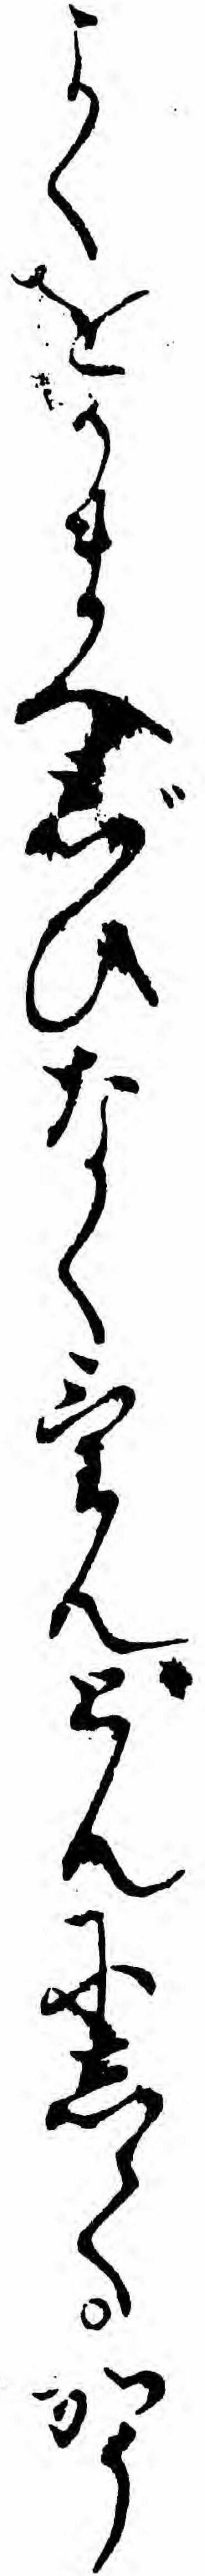
よくをかまへじひなくけんどんにしてかう